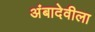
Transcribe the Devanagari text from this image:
अंबादेवीला